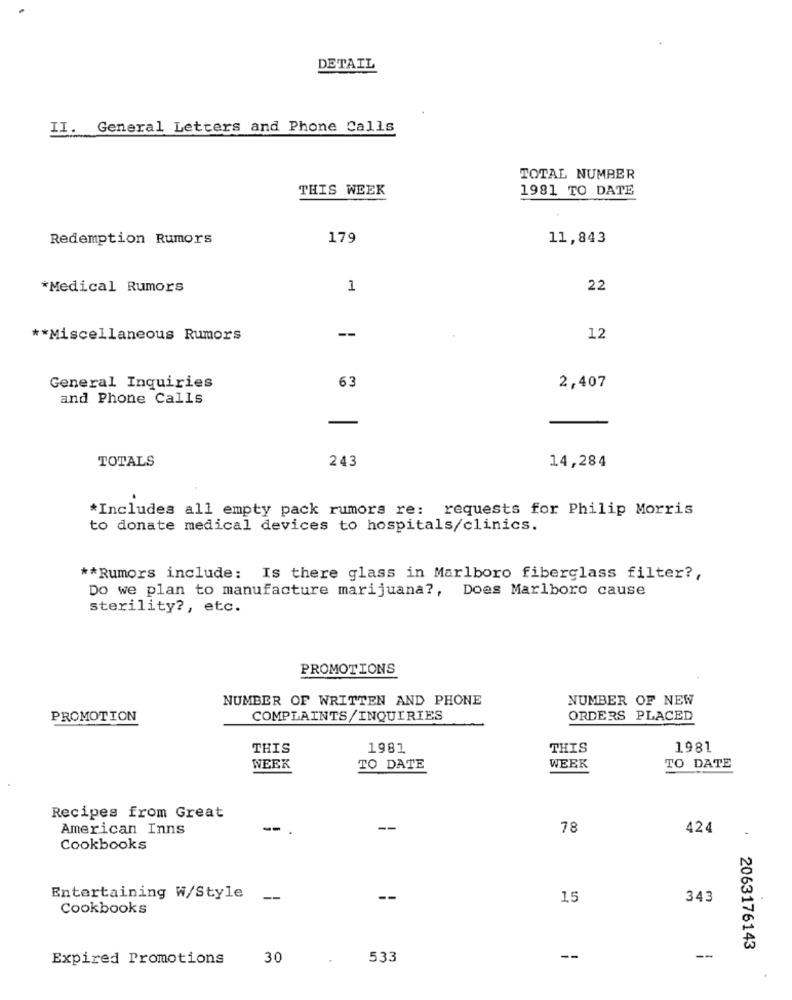
DETAIL
II. General Letters and Phone Calls
TOTAL NUMBER
THIS WEEK
1981 TO DATE
Redemption Rumors
179
11,843
*Medical Rumors
1
22
--
** Miscellaneous Rumors
12
63
General Inquiries
2,407
and Phone Calls
243
TOTALS
14,284
*Includes all empty pack rumors re: requests for Philip Morris
to donate medical devices to hospitals/clinics.
** Rumors include: Is there glass in Marlboro fiberglass filter ?,
Do we plan to manufacture marijuana ?, Does Marlboro cause
sterility ?, etc.
PROMOTIONS
NUMBER OF WRITTEN AND PHONE
NUMBER OF NEW
PROMOTION
COMPLAINTS/INQUIRIES
ORDERS PLACED
THIS
1981
THIS
1981
WEEK
TO DATE
WEEK
TO DATE
Recipes from Great
American Inns
--
--
78
424
Cookbooks
Entertaining W/Style
--
15
343
Cookbooks
2063176143
Expired Promotions
30
533
--
--